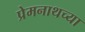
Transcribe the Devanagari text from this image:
प्रेमनाथच्या